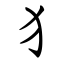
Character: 犭